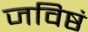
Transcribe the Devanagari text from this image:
जविष्ठं